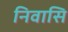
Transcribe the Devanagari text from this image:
निवासि